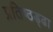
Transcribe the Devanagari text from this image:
प्रतिष्ठड्ढा